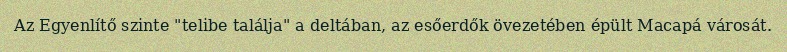
Az Egyenlítő szinte "telibe találja" a deltában, az esőerdők övezetében épült Macapá városát.